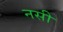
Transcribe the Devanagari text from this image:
नसी